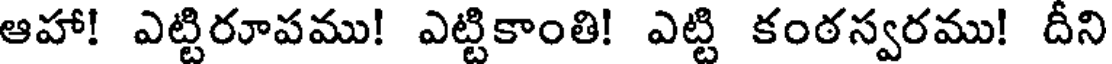
ఆహా! ఎట్టిరూపము! ఎట్టికాంతి! ఎట్టి కంఠస్వరము! దీని